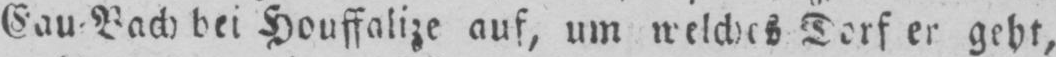
Cau⸗Bach bei Houffalize auf, um welches Dorf er geht,